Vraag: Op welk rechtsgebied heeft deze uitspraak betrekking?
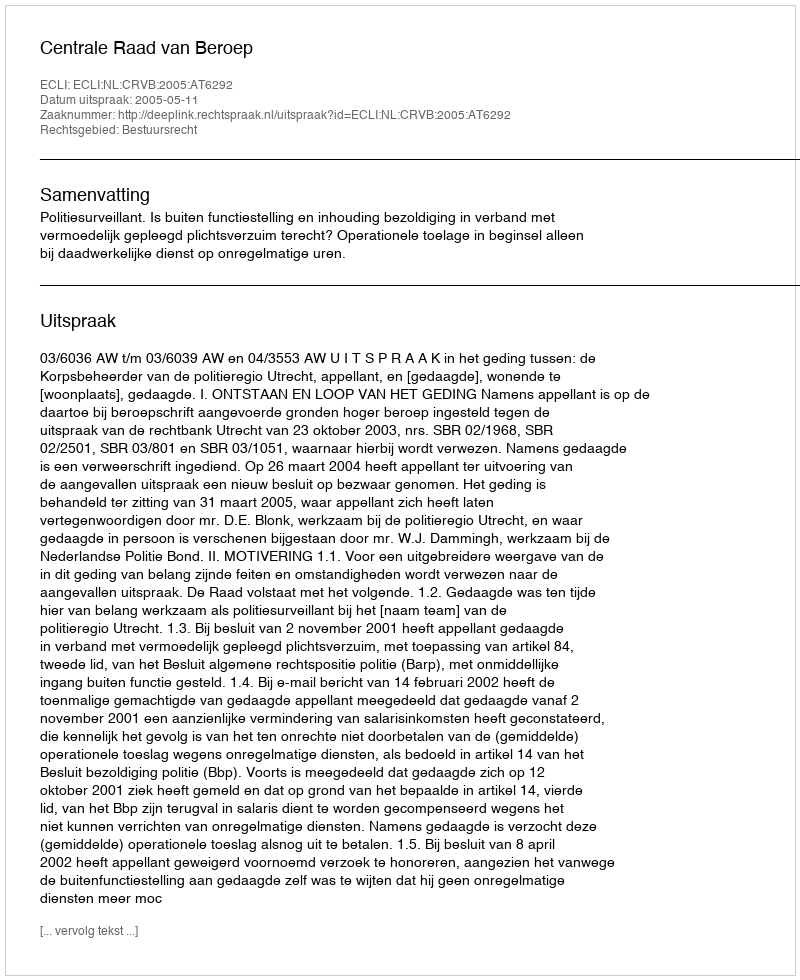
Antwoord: Bestuursrecht